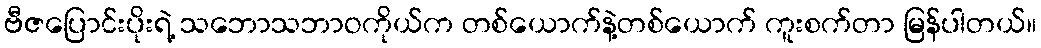
ဗီဇပြောင်းပိုးရဲ့ သဘောသဘာဝကိုယ်က တစ်ယောက်နဲ့တစ်ယောက် ကူးစက်တာ မြန်ပါတယ်။